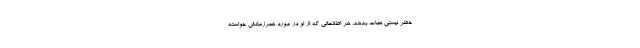
خطر نیستی نجات بدهد، هر اطلاعاتی که از او در مورد همرزمانش خواسته